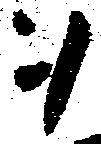
ヲ